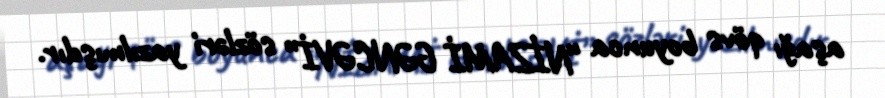
aşağı qövs boyunca “NİZAMİ GƏNCƏVİ” sözləri yazılmışdır.